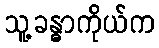
သူ့ခန္ဓာကိုယ်က